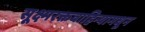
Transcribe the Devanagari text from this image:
सूक्ष्मरक्तवाहिन्यामधून